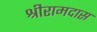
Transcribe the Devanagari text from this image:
श्रीरामदास